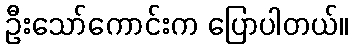
ဦးသော်ကောင်းက ပြောပါတယ်။